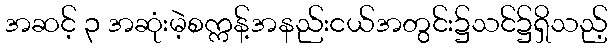
အဆင့် ၃ အဆုံးမဲ့စက္ကန့်အနည်းငယ်အတွင်း၌သင်၌ရှိသည့်